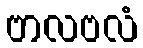
ဗာလဗလံ